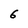
Character: 6